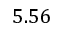
5 . 5 6